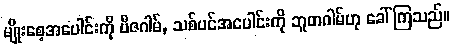
မျိုးစေ့အပေါင်းကို ဗီဇဂါမ်, သစ်ပင်အပေါင်းကို ဘူတဂါမ်ဟု ခေါ်ကြသည်။